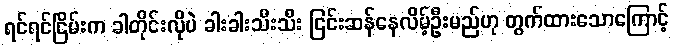
ရင်ရင်ငြိမ်းက ခါတိုင်းလိုပဲ ခါးခါးသီးသီး ငြင်းဆန်နေလိမ့်ဦးမည်ဟု တွက်ထားသောကြောင့်